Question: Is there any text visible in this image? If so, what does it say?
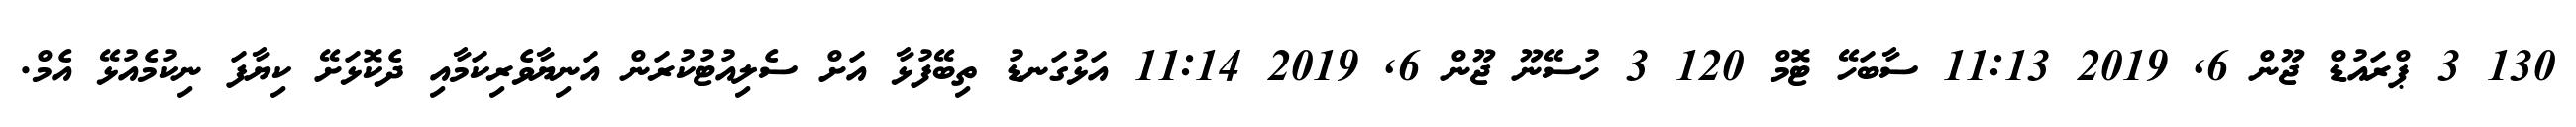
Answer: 130 3 ޕްރައުޑް ޖޫން 6, 2019 11:13 ސާބަހޭ ޓޮމް 120 3 ހުސޭނޫ ޖޫން 6, 2019 11:14 އަޅުގަނޑު ތިބޭފުޅާ އަށް ސެލިއުޓުކުރަން އަނިޔާވެރިކަމާއި ދެކޮޅަށޭ ކިޔާފަ ނިކުމެއުޅޭ އެމް.